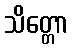
သိတ္တော